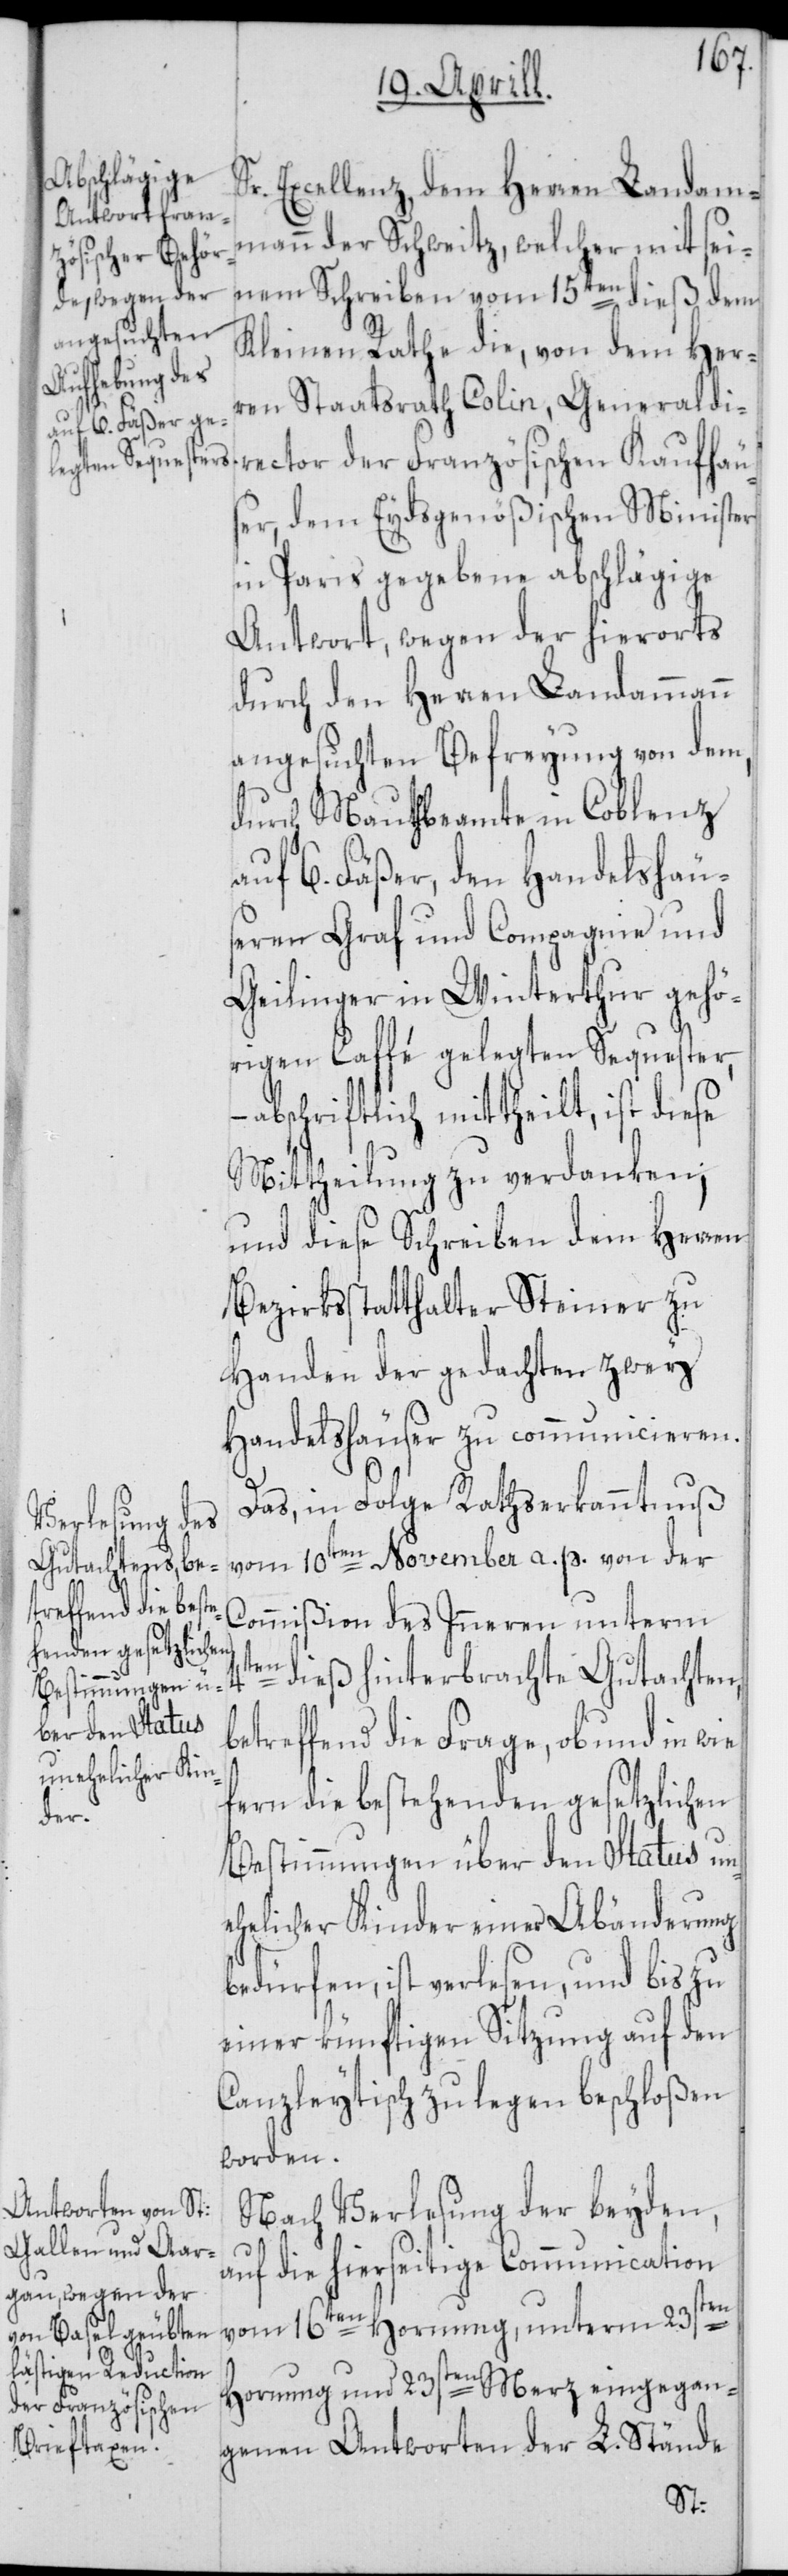
Sr. Excellenz, dem Herren Landam¬
mann der Schweitz, welcher mit sei¬
nem Schreiben vom 15ten dieß dem
Kleinen Rathe die, von dem Herr¬
en Staatsrath Colin, Generaldi¬
rector der Französischen Kaufhäus¬
er, dem Eydsgenößischen Minister
in Paris gegebene abschlägige
Antwort, wegen der hierorts
durch den Herren Landammann
angesuchten Befreyung von dem,
durch Mauthbeamte in Coblenz
auf 6. Fäßer, den Handelshäu¬
seren Graf und Compagnie und
Geilinger in Winterthur gehö¬
rigen Caffé gelegten Sequester,
abschriftlich mittheilt, ist diese
Mittheilung zu verdanken;
und diese Schreiben dem Herren
Bezirksstatthalter Steiner zu
Handen der gedachten zwey
Handelshäuser zu communicieren.
Das, in Folge Rathserkanntnuß
vom 10ten November a. p. von der
Commißion des Inneren unterm
4ten
dieß hinterbrachte Gutachten,
betreffend die Frage, ob und in wie
fern die bestehenden gesetzlichen
Bestimmungen über den Status un¬
ehelicher Kinder einer Abänderung
bedürfen, ist verlesen, und bis zu
einer künftigen Sitzung auf den
Canzleytisch zu legen beschloßen
worden.
Nach Verlesung der beyden,
auf die hierseitige Communication
vom 16ten Hornung, unterm 23sten
Hornung und 23sten Merz eingegan¬
genen Antworten der L. Stände